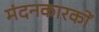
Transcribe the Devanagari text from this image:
मंदनकारकों